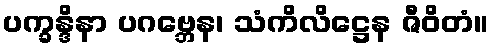
ပက္ခန္ဒိနာ ပဂဗ္ဘေန၊ သံကိလိဋ္ဌေန ဇီဝိတံ။